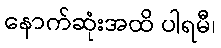
နောက်ဆုံးအထိ ပါရမီ၊